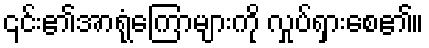
၎င်း၏အာရုံကြောများကို လှုပ်ရှားစေ၏။